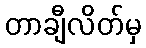
တာချီလိတ်မှ